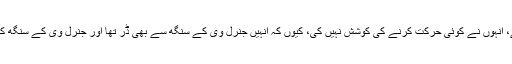
چاہے پاکستان کے فوجی ہوں یا چین کے، انہوں نے کوئی حرکت کرنے کی کوشش نہیں کی، کیوں کہ انہیں جنرل وی کے سنگھ سے بھی ڈر تھا اور جنرل وی کے سنگھ کے ذریعے بنائے گئے دوستوں سے بھی۔